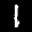
Label: 1